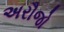
અરૌજો